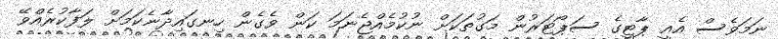
ނަމަވެސް އެއީ ޕާޓީގެ ސަޕޯޓަރުން މަގުތަކަށް ނުކުމެއްޖެނަމަ ކަން ވެގެން ހިނގައިދާނެކަމަށް ލަފާކުރެއްވޭ